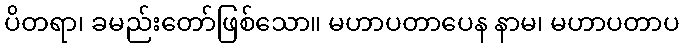
ပိတရာ၊ ခမည်းတော်ဖြစ်သော။ မဟာပတာပေန နာမ၊ မဟာပတာပ